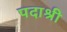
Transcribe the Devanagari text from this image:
पदाश्री